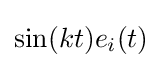
\sin(kt)e_{i}(t)